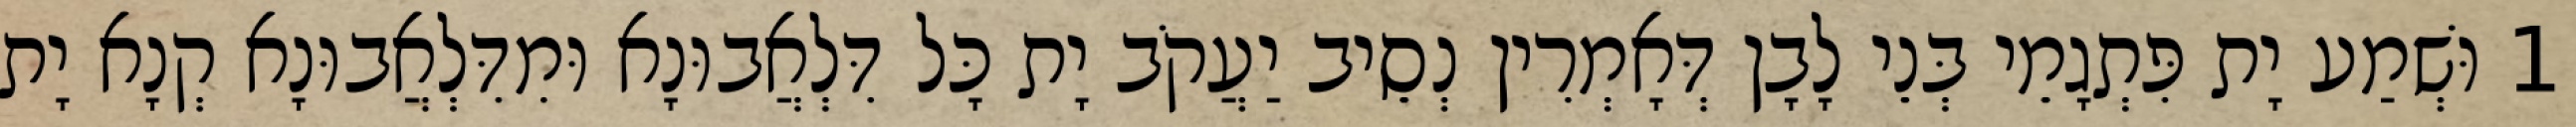
1 וּשְׁמַע יָת פִּתְגָמֵי בְּנֵי לָבָן דְּאָמְרִין נְסֵיב יַעֲקֹב יָת כָּל דִּלְאֲבוּנָא וּמִדִּלְאֲבוּנָא קְנָא יָת